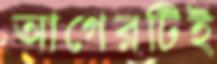
আগেরটিই